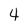
Character: 4